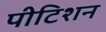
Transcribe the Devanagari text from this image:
पीटिशन